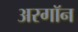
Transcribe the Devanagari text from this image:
अरगॉन